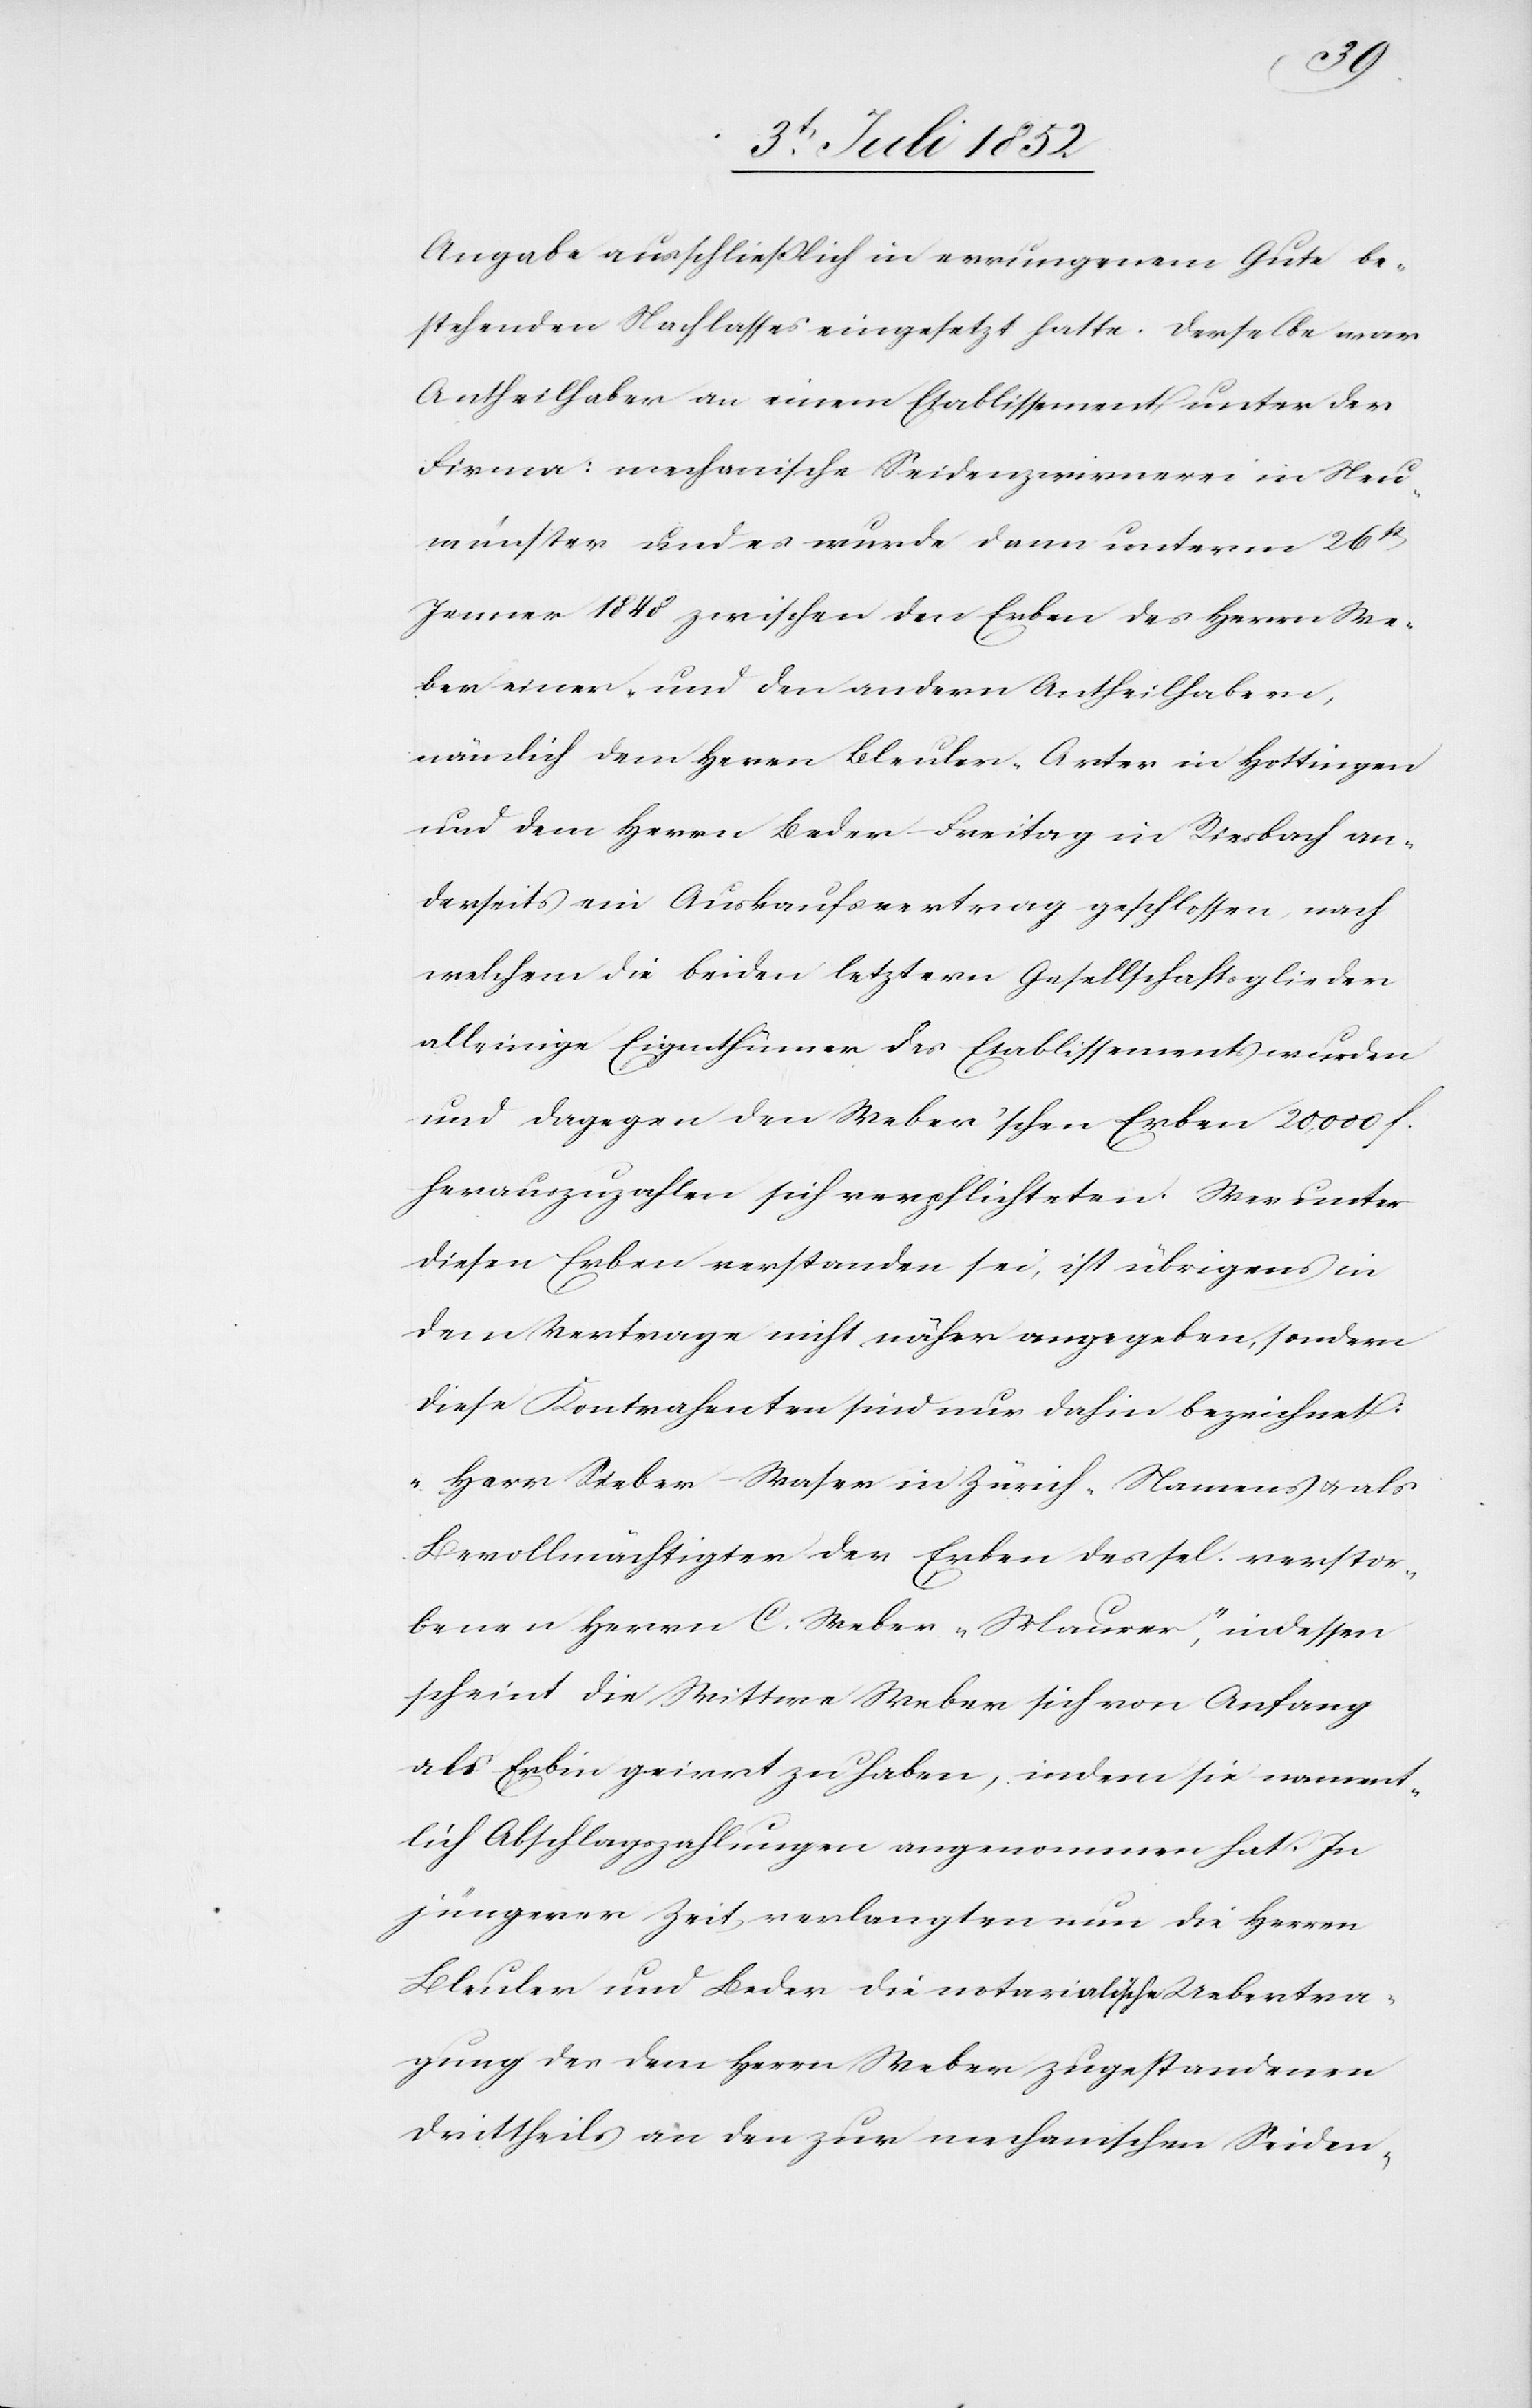
Angabe ausschließlich in errungenem Gute be¬
stehenden Nachlasses eingesetzt hatte. Derselbe war
Antheilhaber an einem Etablissement unter der
Firma: mechanische Seidenzwirnerei in Neu¬
münster und es wurde dann unterm 26st
Jenner 1848 zwischen den Erben des Herrn We¬
ber einer- und den andern Antheilhabern,
nämlich dem Herrn Bleuler-Arter in Hottingen
und dem Herrn Beder-Freitag in Riesbach an¬
derseits ein Auskaufsvertrag geschlossen, nach
welchem die beiden letztern Gesellschaftsglieder
alleinige Eigenthümer des Etablissements wurden
und dagegen den Weber’schen Erben 20,000 f.
herauszuzahlen sich verpflichteten. Wer unter
diesen Erben verstanden sei, ist übrigens in
dem Vertrage nicht näher angegeben, sondern
diese Kontrahenten sind nur dahin bezeichnet:
„Herr Sieber-Waser in Zürich, Namens & als
Bevollmächtigter der Erben des sel. verstor¬
benen Herrn C. Weber-Maurer“, indessen
scheint die Wittwe Weber sich von Anfang
als Erbin geirrt zu haben, indem sie nament¬
lich Abschlagszahlungen angenommen hat. In
jüngerer Zeit verlangten nun die Herren
Bleuler und Beder die notarialische Uebertra¬
gung des dem Herrn Weber zugestandenen
Drittheils an den zur mechanischen Seiden-